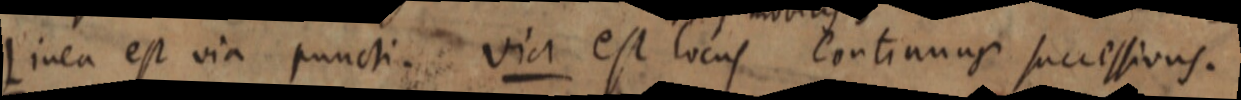
Linea est via puncti. via est locus continuas successions.